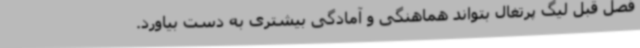
فصل قبل لیگ پرتغال بتواند هماهنگی و آمادگی بیشتری به دست بیاورد.